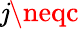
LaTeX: \mathit{j}\neqc